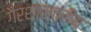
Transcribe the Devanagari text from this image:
गैरशास्त्रीय